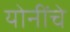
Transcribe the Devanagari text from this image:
योनींचे